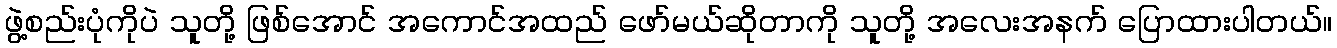
ဖွဲ့စည်းပုံကိုပဲ သူတို့ ဖြစ်အောင် အကောင်အထည် ဖော်မယ်ဆိုတာကို သူတို့ အလေးအနက် ပြောထားပါတယ်။